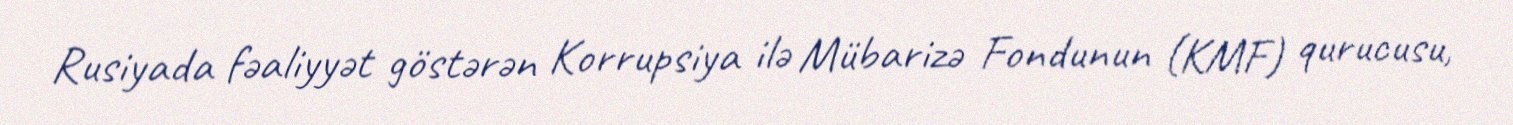
Rusiyada fəaliyyət göstərən Korrupsiya ilə Mübarizə Fondunun (KMF) qurucusu,